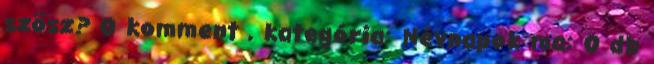
szösz? 0 komment , kategória: Névnapok ma: 0 db